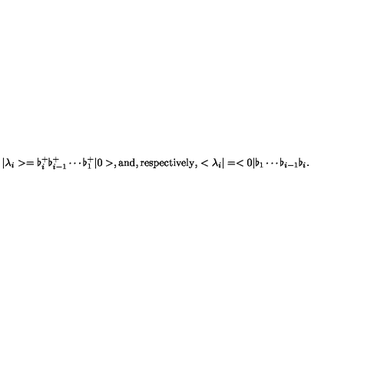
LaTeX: | \lambda _ { i } > = \flat _ { i } ^ { + } \flat _ { i - 1 } ^ { + } \cdots \flat _ { 1 } ^ { + } | 0 > , \mathrm { a n d , r e s p e c t i v e l y , } < \lambda _ { i } | = < 0 | \flat _ { 1 } \cdots \flat _ { i - 1 } \flat _ { i } .